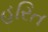
હરિત